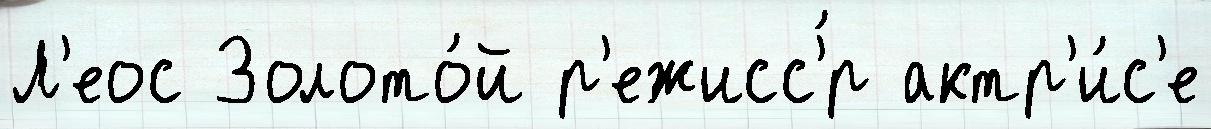
Л'еос Золото́й р'ежисс'́р актр'и́с'е